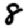
Digit: 8